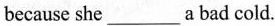
because she___a bad cold.